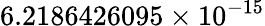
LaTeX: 6.2186426095\times 10^{-15}